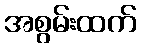
အစွမ်းထက်